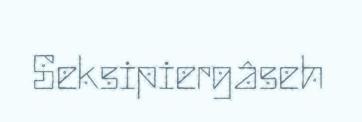
Seksipiergâseh